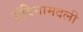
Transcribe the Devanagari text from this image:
मंदिनामदली